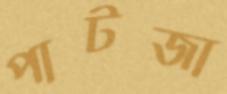
পাটজা